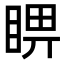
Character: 睤